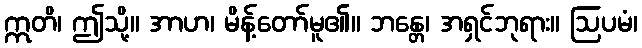
ဣတိ၊ ဤသို့။ အာဟ၊ မိန့်တော်မူ၏။ ဘန္တေ၊ အရှင်ဘုရား။ ဩပမံ၊